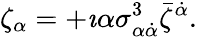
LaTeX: \zeta_{\alpha}=+\imath\alpha\sigma_{\alpha\dot{\alpha}}^{3}\bar{\zeta}^{\dot{\alpha}}.